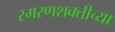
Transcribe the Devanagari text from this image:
स्मरणशक्तीच्या